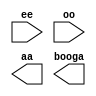
`timescale 1ns / 1ps
//////////////////////////////////////////////////////////////////////////////////
// Company: 
// Engineer: 
// 
// Design Name: 
// Module Name: oogabooga
// Project Name: 
// Target Devices: 
// Tool Versions: 
// Description: 
// 
// Dependencies: 
// 
// Revision:
// Revision 0.01 - File Created
// Additional Comments:
// 
//////////////////////////////////////////////////////////////////////////////////


module oogabooga(
    input ee,
    input [31:0] oo,
    output [31:0] aa,
    output booga
    );
endmodule